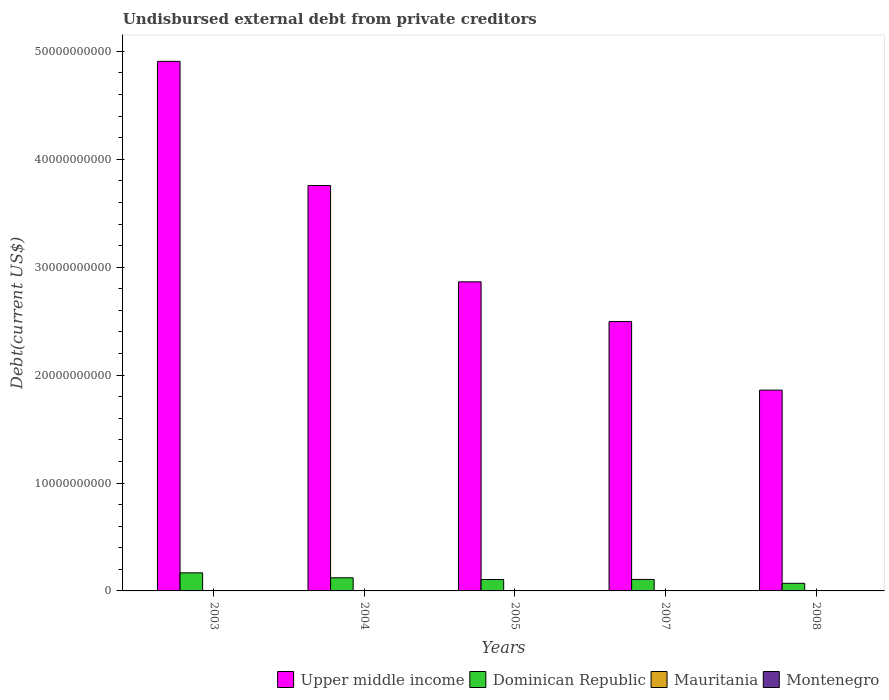
| Years | Upper middle income | Dominican Republic | Mauritania | Montenegro |
 | --- | --- | --- | --- | --- |
 | 2003 | 4.91e+10 | 1.68e+09 | 1.71e+07 | 2.1e+06 |
 | 2004 | 3.76e+10 | 1.22e+09 | 1.51e+07 | 2.1e+06 |
 | 2005 | 2.86e+10 | 1.06e+09 | 5.1e+04 | 2.1e+06 |
 | 2007 | 2.5e+10 | 1.07e+09 | 5.1e+04 | 3.24e+07 |
 | 2008 | 1.86e+10 | 7.04e+08 | 3e+04 | 3.06e+07 |